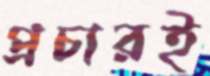
প্রচারই